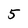
Character: 5